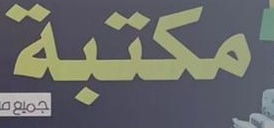
مكتبة